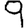
Digit: 9